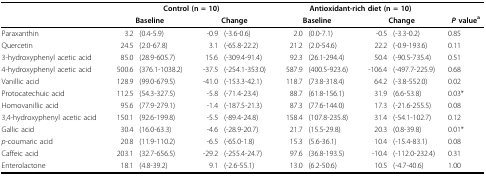
<table><thead><tr><td></td><td colspan="4"><b>Control (n = 10)</b></td><td colspan="4"><b>Antioxidant-rich diet (n = 10)</b></td><td></td></tr><tr><td></td><td colspan="2"><b>Baseline</b></td><td colspan="2"><b>Change</b></td><td colspan="2"><b>Baseline</b></td><td colspan="2"><b>Change</b></td><td><b><i>P </i>value<sup>a</sup></b></td></tr></thead><tbody><tr><td>Paraxanthin</td><td>3.2</td><td>(0.4-5.9)</td><td>-0.9</td><td>(-3.6-0.6)</td><td>2.0</td><td>(0.0-7.1)</td><td>-0.5</td><td>(-3.3-0.2)</td><td>0.85</td></tr><tr><td>Quercetin</td><td>24.5</td><td>(2.0-67.8)</td><td>3.1</td><td>(-65.8-22.2)</td><td>21.2</td><td>(2.0-54.6)</td><td>22.2</td><td>(-0.9-193.6)</td><td>0.11</td></tr><tr><td>3-hydroxyphenyl acetic acid</td><td>85.0</td><td>(28.9-605.7)</td><td>15.6</td><td>(-309.4-91.4)</td><td>92.3</td><td>(26.1-294.4)</td><td>50.4</td><td>(-90.5-735.4)</td><td>0.51</td></tr><tr><td>4-hydroxyphenyl acetic acid</td><td>500.6</td><td>(376.1-1038.2)</td><td>-37.5</td><td>(-254.1-353.0)</td><td>587.9</td><td>(400.5-923.6)</td><td>-106.4</td><td>(-497.7-225.9)</td><td>0.68</td></tr><tr><td>Vanillic acid</td><td>128.9</td><td>(99.0-679.5)</td><td>-41.0</td><td>(-153.3-42.1)</td><td>118.7</td><td>(73.8-318.4)</td><td>64.2</td><td>(-3.8-552.0)</td><td>0.02</td></tr><tr><td>Protocatechuic acid</td><td>112.5</td><td>(54.3-327.5)</td><td>-5.8</td><td>(-71.4-23.4)</td><td>88.7</td><td>(61.8-156.1)</td><td>31.9</td><td>(6.6-53.8)</td><td>0.03*</td></tr><tr><td>Homovanillic acid</td><td>95.6</td><td>(77.9-279.1)</td><td>-1.4</td><td>(-187.5-21.3)</td><td>87.3</td><td>(77.6-144.0)</td><td>17.3</td><td>(-21.6-255.5)</td><td>0.08</td></tr><tr><td>3,4-hydroxyphenyl acetic acid</td><td>150.1</td><td>(92.6-199.8)</td><td>-5.5</td><td>(-89.4-24.8)</td><td>158.4</td><td>(107.8-235.8)</td><td>31.4</td><td>(-54.1-102.7)</td><td>0.12</td></tr><tr><td>Gallic acid</td><td>30.4</td><td>(16.0-63.3)</td><td>-4.6</td><td>(-28.9-20.7)</td><td>21.7</td><td>(15.5-29.8)</td><td>20.3</td><td>(0.8-39.8)</td><td>0.01*</td></tr><tr><td><i>p</i>-coumaric acid</td><td>20.8</td><td>(11.9-110.2)</td><td>-6.5</td><td>(-65.0-1.8)</td><td>15.3</td><td>(5.6-36.1)</td><td>10.4</td><td>(-15.4-83.1)</td><td>0.08</td></tr><tr><td>Caffeic acid</td><td>203.1</td><td>(32.7-656.5)</td><td>-29.2</td><td>(-255.4-24.7)</td><td>97.6</td><td>(36.8-193.5)</td><td>-10.4</td><td>(-112.0-232.4)</td><td>0.31</td></tr><tr><td>Enterolactone</td><td>18.1</td><td>(4.8-39.2)</td><td>9.1</td><td>(-2.6-55.1)</td><td>13.0</td><td>(6.2-50.6)</td><td>10.5</td><td>(-4.7-40.6)</td><td>1.00</td></tr></tbody></table>